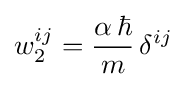
w_{2}^{ij}={\frac {\alpha \,\hbar }{m}}\,\delta ^{ij}